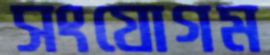
সংযোগম